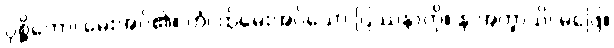
ပုစ္ဆိတော၊ မေးအပ်၏။ တံ၊ ထိုမေးအပ်သော ပြဿနာကို။ န အက္ခာသိ၊ မဖြေ။